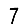
Digit: 7